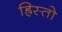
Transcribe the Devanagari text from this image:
ह्रिस्तो